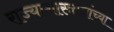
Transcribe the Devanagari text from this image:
राज्याशास्त्राज्ञांच्या